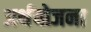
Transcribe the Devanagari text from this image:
अर्थयोजना